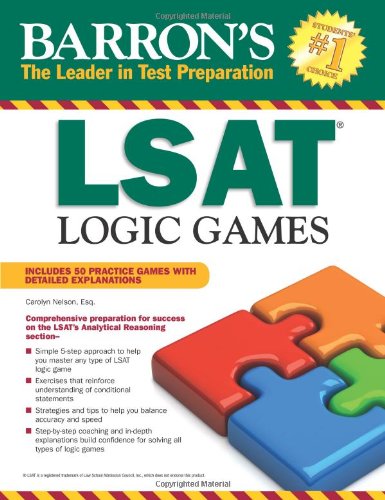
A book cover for LSAT Logic Games; Carolyn Nelson Esq.; Test Preparation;